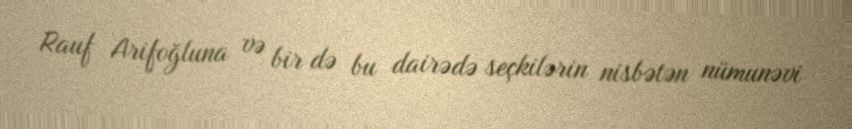
Rauf Arifoğluna və bir də bu dairədə seçkilərin nisbətən nümunəvi